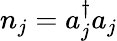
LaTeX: n_{j}=a_{j}^{\dagger}a_{j}